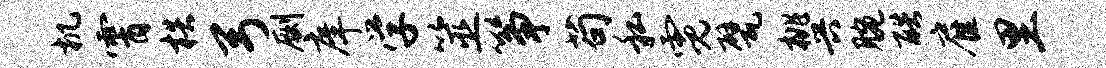
机霄梏弓劂庠学筮筝苟私霓甓桃兴腕酷雇里